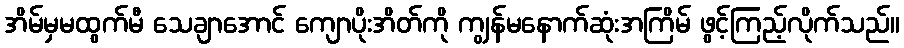
အိမ်မှမထွက်မီ သေချာအောင် ကျောပိုးအိတ်ကို ကျွန်မနောက်ဆုံးအကြိမ် ဖွင့်ကြည့်လိုက်သည်။